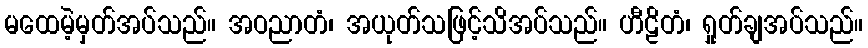
မထေမဲ့မှတ်အပ်သည်။ အဝညာတံ၊ အယုတ်သဖြင့်သိအပ်သည်။ ဟီဠိတံ၊ ရှုတ်ချအပ်သည်။